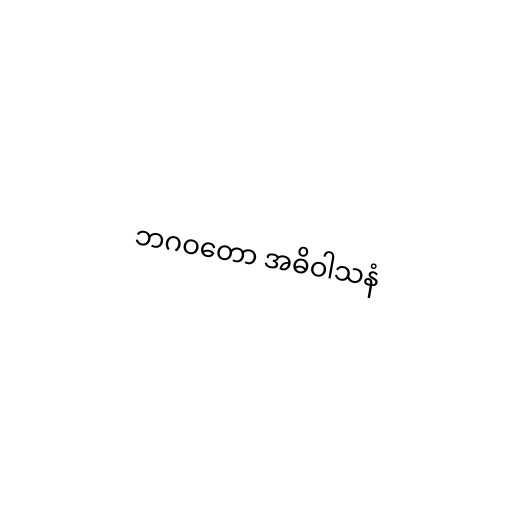
ဘဂဝတော အဓိဝါသနံ